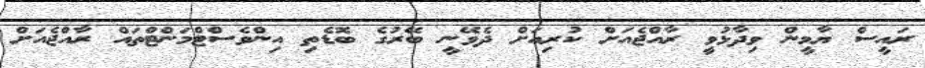
ރައީސް ޔާމީން ވިދާޅުވީ ރާއްޖެއަށް ކުރިއަށް ދެވޭނީ ބޭރުގެ ބޮޑެތި އިންވެސްޓްމަންޓްތައް ރާއްޖެއަށް